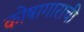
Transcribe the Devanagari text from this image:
कोषागाराची